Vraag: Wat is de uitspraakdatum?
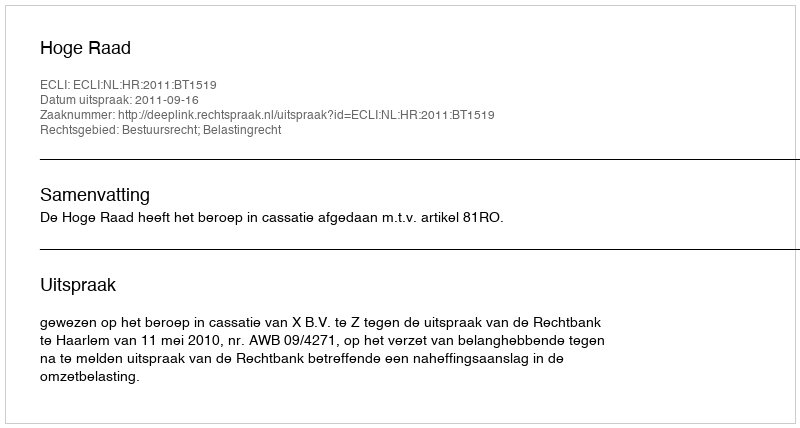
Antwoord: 2011-09-16